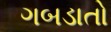
ગબડાતો